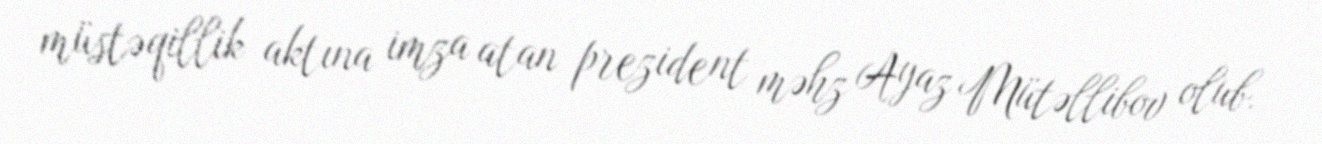
müstəqillik aktına imza atan prezident məhz Ayaz Mütəllibov olub.